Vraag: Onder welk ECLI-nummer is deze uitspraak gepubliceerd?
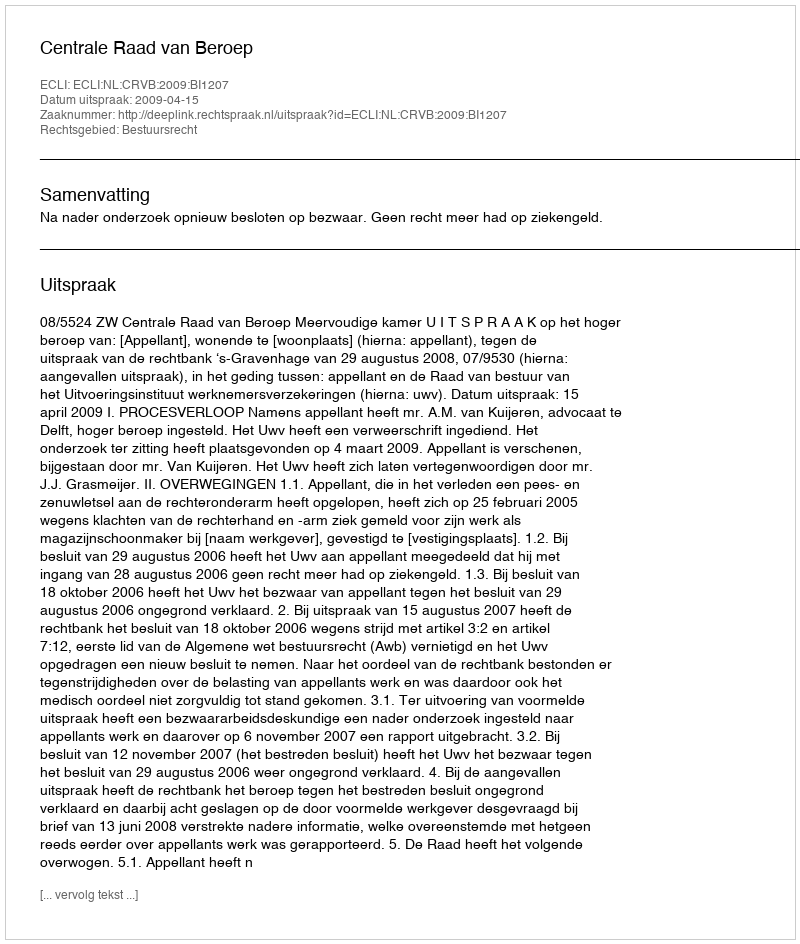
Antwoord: ECLI:NL:CRVB:2009:BI1207